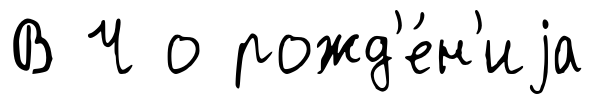
В Ч о рожд'е́н'иjа